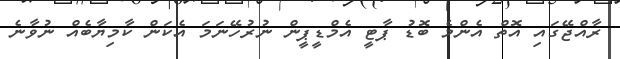
ރާއްޖޭގައި އޮތް އެންމެ ބޮޑު ޕާޓީ އެމްޑީޕީން ނުރުހޭނަމަ އެކަން ކާމިޔާބެއް ނުވާނެ